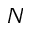
N